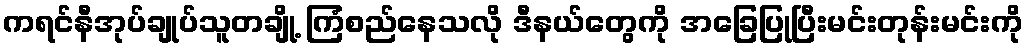
ကရင်နီအုပ်ချုပ်သူတချို့ ကြံစည်နေသလို ဒီနယ်တွေကို အခြေပြုပြီးမင်းတုန်းမင်းကို